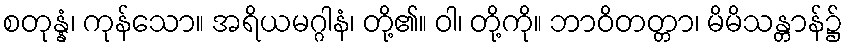
စတုန္နံ၊ ကုန်သော။ အရိယမဂ္ဂါနံ၊ တို့၏။ ဝါ၊ တို့ကို။ ဘာဝိတတ္တာ၊ မိမိသန္တာန်၌